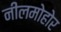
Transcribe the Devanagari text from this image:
नीलमोहोर